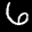
Label: 6